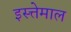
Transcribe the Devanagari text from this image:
इस्त्तेमाल